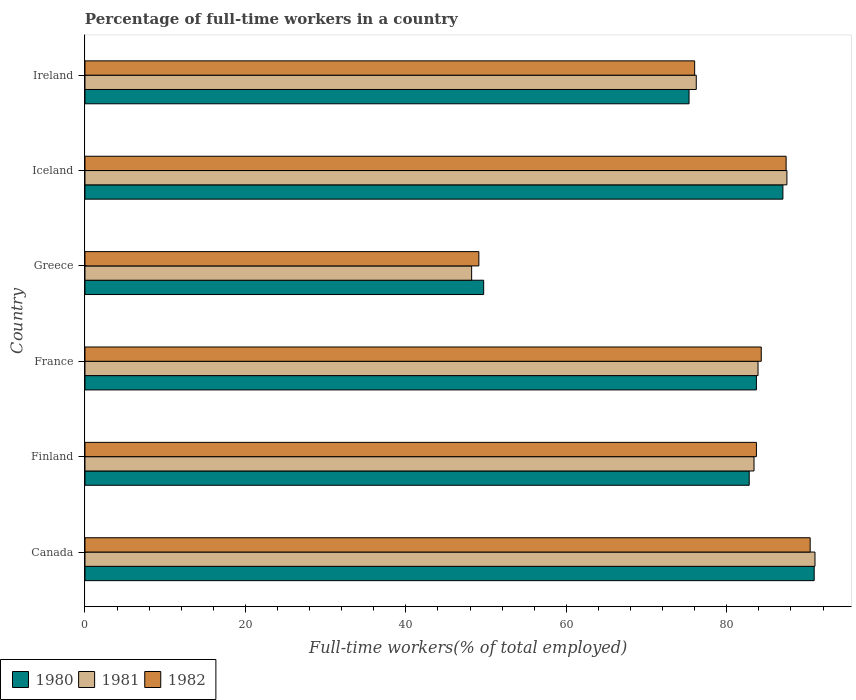
| Country | 1980 | 1981 | 1982 |
 | --- | --- | --- | --- |
 | Canada | 90.9 | 91 | 90.4 |
 | Finland | 82.8 | 83.4 | 83.7 |
 | France | 83.7 | 83.9 | 84.3 |
 | Greece | 49.7 | 48.2 | 49.1 |
 | Iceland | 87 | 87.5 | 87.4 |
 | Ireland | 75.3 | 76.2 | 76 |